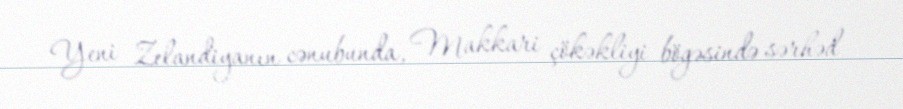
Yeni Zelandiyanın cənubunda, Makkari çökəkliyi bögəsində sərhəd